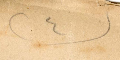
(٤)